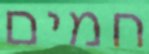
חמים